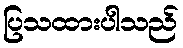
ပြသထားပါသည်